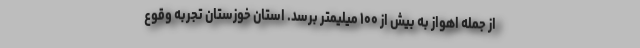
از جمله اهواز به بیش از ۱۰۰ میلیمتر برسد. استان خوزستان تجربه وقوع